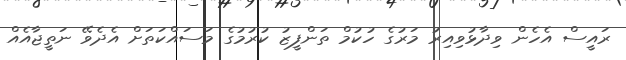
ރައީސް އެހެން ވިދާޅުވިއިރު މަރުގެ ހުކުމް ތަންފީޒު ކުރުމުގެ މަސައްކަތަށް އެދެވޭ ނަތީޖާއެއް